Report on vaccination in Madras 1895-1903 - 1895-1903
Year: 1895
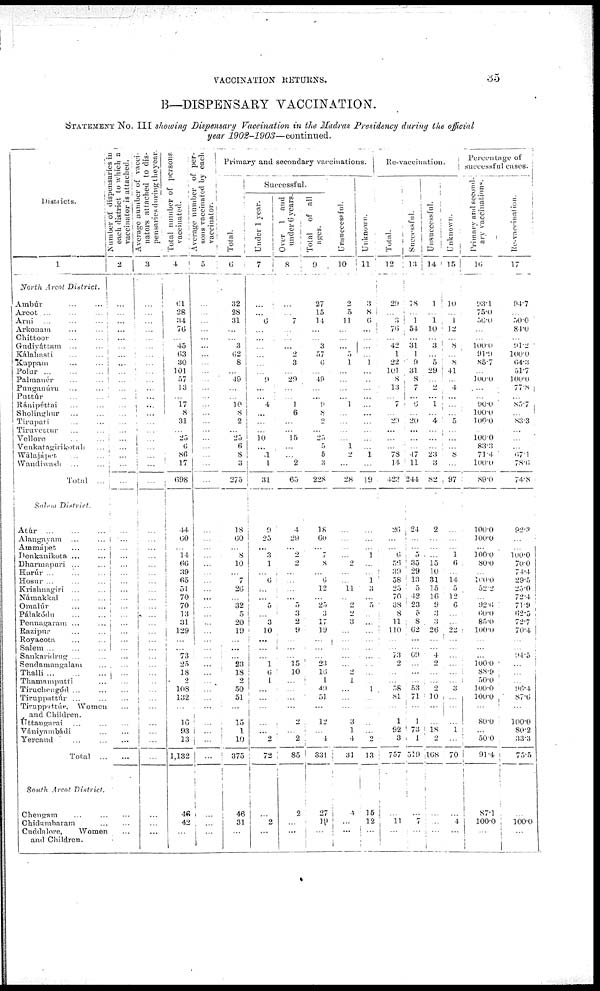
VACCINATION RETURNS.
35
B—DISPENSARY VACCINATION.
STATEMENT No. III showing Dispensary Vaccination in the Madras Presidency during the official
year
1902-1903—continued.
Districts.
1
North Arcot
District.
Ambúr ... ...
Arcot ... ... ...
Arni ... ... ...
Arkonam ... ...
Chittoor ... ...
Gudiyáttam ... ...
Kálahasti ... ...
Kuppam ... ...
Polur
...
...
...
Palmanér ... ...
Punganúru ... ...
Puttúr
...
...
Ránipéttai ... ...
Sholinghur ... ...
Tirupari ... ...
Tiruvettur ... ...
Vellore ... ...
Venkatagirikotah ...
Wálajápet ... ...
Wandiwash ... ...
Total ...
Salem
District.
Atúr
...
...
...
Alangayam ... ...
Ammápet ... ...
Denkanikota ... ...
Dharmapuri ... ...
Harúr ... ... ...
Hosur ... ... ...
Krishnagiri ... ...
Námakkal ... ...
Omalúr ... ...
Pálakódu
...
...
Pennagaram ... ...
Razipur ... ...
Royacota ... ...
Salem ... ... ...
Sankaridrug ... ...
Sendamangalam ...
Thalli
...
...
...
Thamamputti ...
Tiruchengód ... ...
Tiruppattúr ... ...
Tiruppattúr,
Women
and Children.
Úttangarai ... ...
Vániyambádi ...
Yercand ... ...
Total ...
South Arcot
District.
Chengam ... ...
Chidambaram ...
Cuddalore,
Women
and Children.
Number of dispensaries in
each district to which a
vaccinator is attached.
2
...
...
...
...
...
...
...
...
...
...
...
...
...
...
...
...
...
...
...
...
...
...
...
...
...
...
...
...
...
...
...
...
...
...
...
...
...
...
...
...
...
...
...
...
...
...
...
...
...
...
Average number of vacci-
nators attached to dis-
pensaries during the year.
3
...
...
...
...
...
...
...
...
...
...
...
...
...
...
...
...
...
...
...
...
...
...
...
...
...
...
...
...
...
... ...
...
...
...
...
... ...
...
...
...
...
...
...
...
...
...
...
...
...
...
Total number of persons
vaccinated.
4
...
28
34
76
...
45
63
30
101
57
13
...
17
8
31
...
25
6
86
17
698
44
60
...
14
66
39
65
51
70
70
13
31
129
...
...
73
25
18
2
108
132
...
16
93
13
1,132
46
42
...
Average number of per-
sons vaccinated by each
vaccinator.
5
...
...
...
...
...
...
...
...
...
...
...
...
...
...
...
...
...
...
...
...
...
...
...
...
...
...
...
...
...
...
...
...
...
...
...
...
...
...
...
...
...
...
...
...
...
...
...
...
...
...
Primary and secondary vaccinations.
Total.
6
32
28
31
...
...
3
62
8
...
49
...
... 10
8
2
... 25
6
8
3
275
18
60
...
8
10
...
7
26
...
32
5
20
19
...
...
...
23
18
2
50
51
...
15
1
10
375
46
31
...
Successful.
Under 1 year.
7
...
...
6
...
...
...
...
...
...
9
...
...
4
...
...
...
10
...
1
1
31
9
25
...
3
1
...
6
...
...
5
...
3
10
...
...
...
1
6
1
...
...
...
...
...
2
72
...
2
...
Over 1 and
under 6 years.
8
...
...
7
...
...
...
2
3
...
29
...
...
1
6
...
...
15
...
...
2
65
4
29
...
2
2
...
...
...
...
5
3
2
9
...
...
...
15
10
...
...
...
...
2
...
2
85
2
...
...
Total
of all
ages.
9
27
15
14
...
...
3
57
6
...
49
...
...
9
8
2
...
25
5
5
3
228
18
60
...
7
8
...
6
12
...
25
3
17
19
...
...
...
23
16
1
49
51
...
12
... 4
331
27
19
...
Unsuccessful.
10
2
5
11
...
...
...
5
1
...
...
...
...
1
...
...
...
...
1
2
...
28
...
...
...
...
2
...
...
11
...
2
2
3
...
...
...
...
...
2
1
...
...
...
3
1
4
31
4
...
...
Unknown.
11
3
8
6
...
...
...
...
1
...
...
...
...
...
...
...
...
...
...
1
...
19
...
...
...
1
...
...
1
3
...
5
...
...
...
...
...
...
...
...
...
1
...
...
...
...
2
13
15
12
...
Re-vaccination.
Total.
12
29
...
3
76
...
42
1
22
101
8
13
...
7
...
29
...
...
...
78
14
423
26
...
...
6
56
39
58
25
70
38
8
11
110
...
...
73
2
...
...
58
81
...
1
92
3
757
...
11
...
Successful.
13
18
...
1
54
...
31
1
9
31
8
7
...
6
...
20
...
...
...
47
11
244
24
...
...
5
35
29
13
5
42
23
5
8
62
...
...
69
...
...
...
53
71
...
1
73
1
519
...
7
...
Unsuccessful.
14
1
...
1
10
...
3
...
5
29
...
2
...
1
...
4
...
...
...
23
3
82
2
...
...
...
15
10
31
15
16
9
3
3
26
...
...
4
2
...
...
2
10
...
...
18 2
168
...
...
...
Unknown.
15
10
...
1
12
...
8
...
8
41
...
4
...
...
...
5
...
...
...
8
...
97
...
...
...
1
6
...
14
5
12
6
...
...
22
...
...
...
...
...
...
3
...
...
...
1
...
70
...
4
...
Percentage of
successful cases.
Primary and second-
ary vaccinations.
16
93.1
75.0
56.0
...
...
100.0
91.9
85.7
...
100.0
...
...
90.0
100.0
100.0
...
100.0
83.3
71.4
100.0
89.0
100.0
100.0
...
100.0
80.0
...
100.0
52.2
...
92.6
60.0
85.0
100.0
...
...
...
100.0
88.9
50.0
100.0
100.0
...
80.0
...
50.0
91.4
87.1
100.0
...
Re-vaccination.
17
94.7
...
50.0
84.0
...
91.2
100.0
64.3
51.7
100.0
77.8
...
85.7
...
83.3
...
...
...
67.1
78.6
74.8
92.3
...
...
100.0
70.0
74.4
29.5
25.0
72.4
71.9
62.5
72.7
70.4
...
...
94.5
...
...
...
96.4
87.6
...
100.0
80.2
33.3
75.5
...
100.0
...